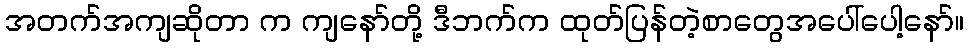
အတက်အကျဆိုတာ က ကျနော်တို့ ဒီဘက်က ထုတ်ပြန်တဲ့စာတွေအပေါ်ပေါ့နော်။